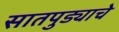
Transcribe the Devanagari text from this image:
सातपुड्याचे